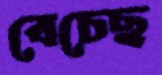
বেচেছ